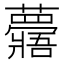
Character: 𧄯